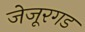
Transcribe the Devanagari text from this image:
जेजूरगड